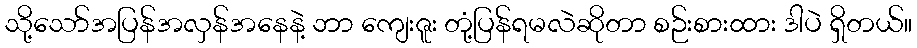
သို့သော်အပြန်အလှန်အနေနဲ့ ဘာ ကျေးဇူး တုံ့ပြန်ရမလဲဆိုတာ စဉ်းစားထား ဒါပဲ ရှိတယ်။